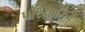
પરિચાયિત